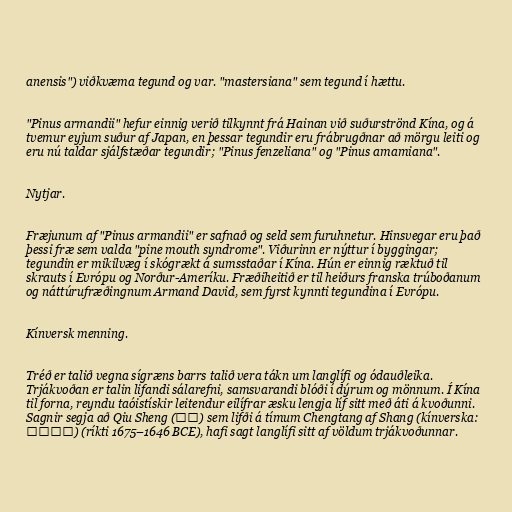
anensis") viðkvæma tegund og var. "mastersiana" sem tegund í hættu.

"Pinus armandii" hefur einnig verið tilkynnt frá Hainan við suðurströnd Kína, og á
tvemur eyjum suður af Japan, en þessar tegundir eru frábrugðnar að mörgu leiti og
eru nú taldar sjálfstæðar tegundir; "Pinus fenzeliana" og "Pinus amamiana".

Nytjar.

Fræjunum af "Pinus armandii" er safnað og seld sem furuhnetur. Hinsvegar eru það
þessi fræ sem valda "pine mouth syndrome". Viðurinn er nýttur í byggingar;
tegundin er mikilvæg í skógrækt á sumsstaðar í Kína. Hún er einnig ræktuð til
skrauts í Evrópu og Norður-Ameríku. Fræðiheitið er til heiðurs franska trúboðanum
og náttúrufræðingnum Armand David, sem fyrst kynnti tegundina í Evrópu.

Kínversk menning.

Tréð er talið vegna sígræns barrs talið vera tákn um langlífi og ódauðleika.
Trjákvoðan er talin lifandi sálarefni, samsvarandi blóði í dýrum og mönnum. Í Kína
til forna, reyndu taóistískir leitendur eilífrar æsku lengja líf sitt með áti á kvoðunni.
Sagnir segja að Qiu Sheng (仇生) sem lifði á tímum Chengtang af Shang (kínverska:
商成汤王) (ríkti 1675–1646 BCE), hafi sagt langlífi sitt af völdum trjákvoðunnar.